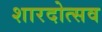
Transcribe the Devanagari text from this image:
शारदोत्सव